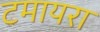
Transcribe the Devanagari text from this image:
टमायरा